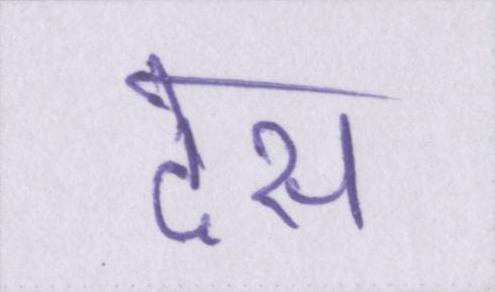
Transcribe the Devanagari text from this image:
देस